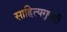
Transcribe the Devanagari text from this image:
साहित्यगुणही